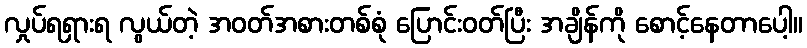
လှုပ်ရရှားရ လွယ်တဲ့ အဝတ်အစားတစ်စုံ ပြောင်းဝတ်ပြီး အချိန်ကို စောင့်နေတာပေါ့။